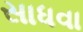
સાધવા